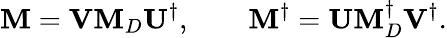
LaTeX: {\mathbf M}={\mathbf V}{\mathbf M}_{D}{\mathbf U}^{\dagger},\qquad{\mathbf M^{\dagger}}={\mathbf U}{\mathbf M}_{D}^{\dagger}{\mathbf V}^{\dagger}.